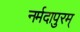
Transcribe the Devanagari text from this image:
नर्मदापुरम्